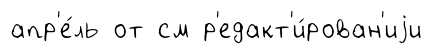
апр'е́ль от см р'едакт'и́рован'иjи